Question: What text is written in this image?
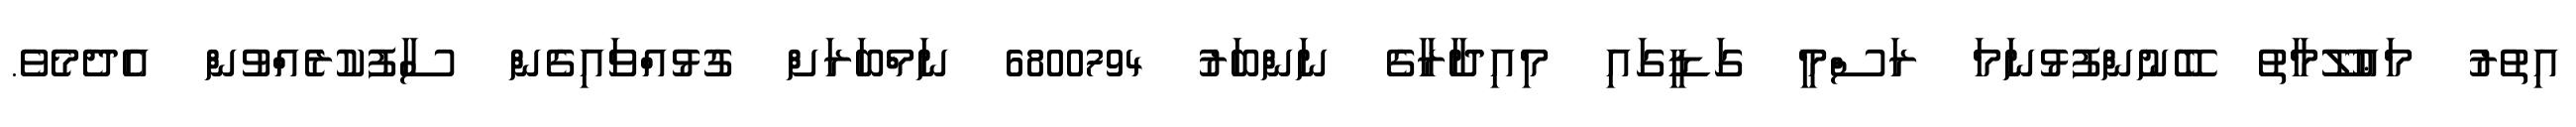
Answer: އިތުރު މަޢުލޫމާތު ބޭނުންފުޅުނަމަ ރަސްމީ ގަޑީގައި މިއިދާރާގެ ނަންބަރު 6800794 ނަމްބަރަށް ގުޅުއްވައިގެން ސާފުކުރެއްވުން އެދެމެވެ.